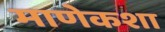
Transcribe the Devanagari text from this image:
माणेकशा